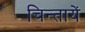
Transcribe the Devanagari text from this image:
चिन्तायें